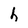
Character: h